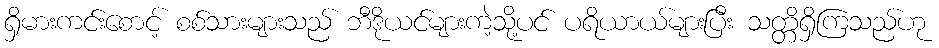
ရှိမားကင်းစောင့် စစ်သားများသည် ဘီဒိုယင်များကဲ့သို့ပင် ပရိယာယ်များပြီး သတ္တိရှိကြသည်ဟု